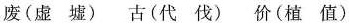
废 ( 虚 墟 ) 古 ( 代 伐 ) 价 ( 植 值 )